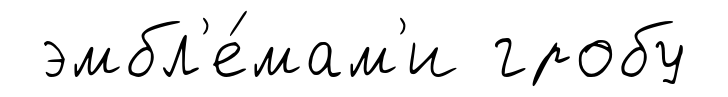
эмбл'е́мам'и гробу